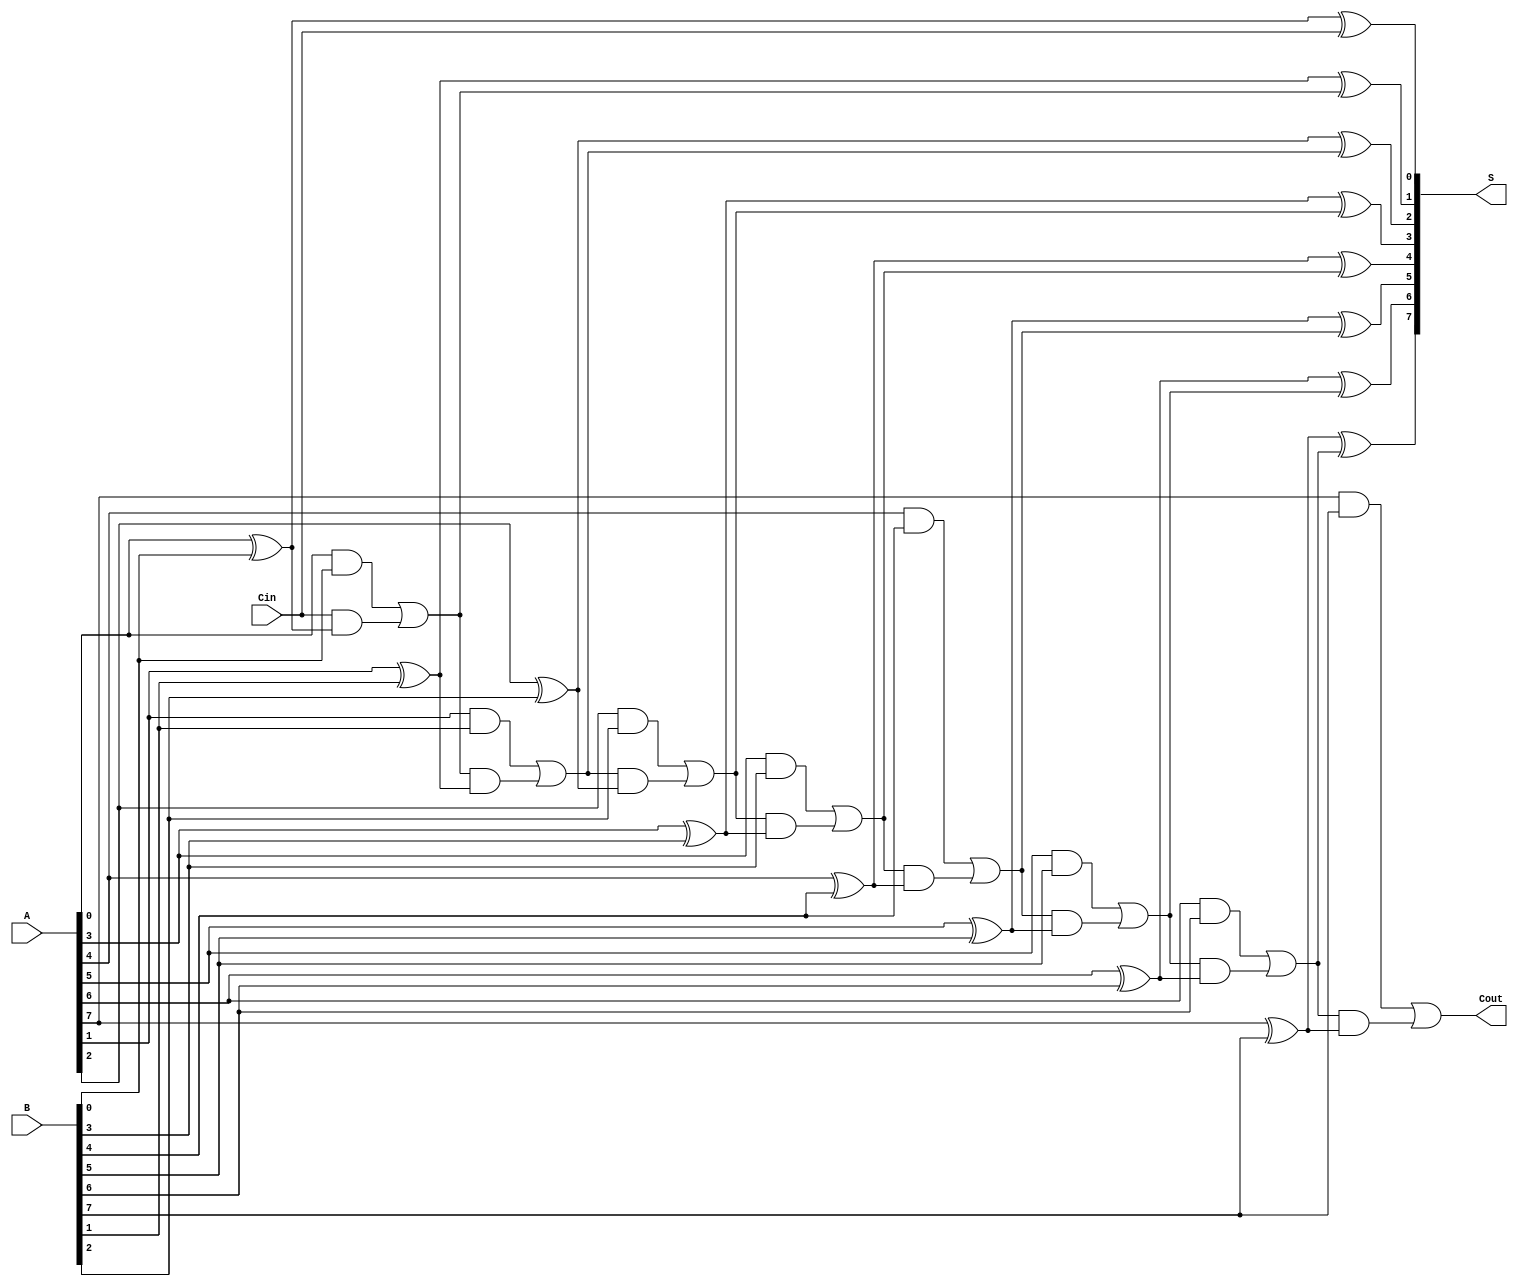
module ManchesterCarryChainAdder #(
    parameter WIDTH = 8 // Default bit-width
)(
    input  wire [WIDTH-1:0] A,    // First operand
    input  wire [WIDTH-1:0] B,    // Second operand
    input  wire               Cin,  // Carry input
    output wire [WIDTH-1:0] S,     // Sum output
    output wire               Cout   // Carry output
);

// Internal signals
wire [WIDTH:0] carry; // Carry signals
wire [WIDTH-1:0] sum; // Sum outputs

// Generate carry signals using the Manchester carry chain logic
genvar i;
generate
    // Initial carry input
    assign carry[0] = Cin;

    for (i = 0; i < WIDTH; i = i + 1) begin : carry_chain
        // Generate carry outputs
        assign carry[i + 1] = (A[i] & B[i]) | (carry[i] & (A[i] ^ B[i]));
    end
endgenerate

// Calculate sum outputs
generate
    for (i = 0; i < WIDTH; i = i + 1) begin : sum_calc
        assign sum[i] = A[i] ^ B[i] ^ carry[i]; // Sum calculation
    end
endgenerate

// Final outputs
assign S = sum;         // Assign sum to output
assign Cout = carry[WIDTH]; // Final carry output

endmodule